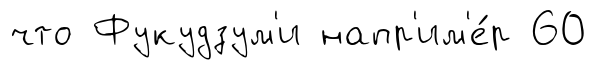
что Фукудзум'и напр'им'е́р 60